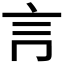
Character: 𧥛